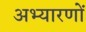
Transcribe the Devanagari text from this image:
अभ्यारणों